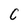
Character: C